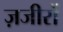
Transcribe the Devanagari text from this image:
ज़जीरों